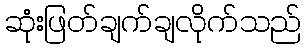
ဆုံးဖြတ်ချက်ချလိုက်သည်